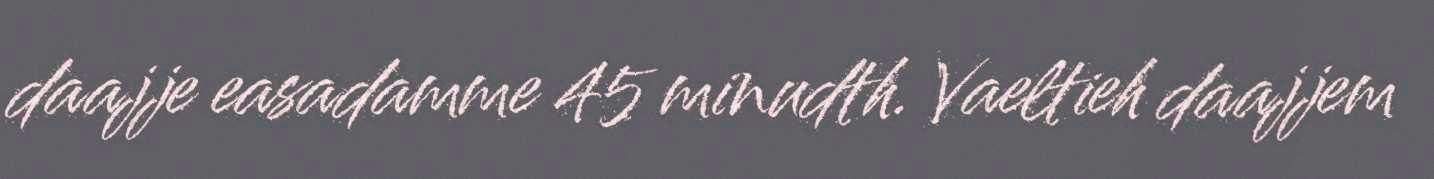
daajje easadamme 45 minudth. Vaeltieh daajjem